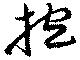
抱